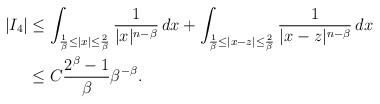
LaTeX: \begin{align*}|I_4|&\leq\int_{\frac{1}{\beta}\leq|x|\leq\frac{2}{\beta}}\frac{1}{|x|^{n-\beta}}\,dx+\int_{\frac{1}{\beta}\leq|x-z|\leq\frac{2}{\beta}}\frac{1}{|x-z|^{n-\beta}}\,dx\\&\leq C\frac{2^\beta-1}{\beta}\beta^{-\beta}.\end{align*}